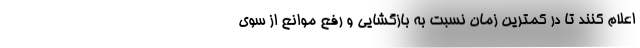
اعلام کنند تا در کمترین زمان نسبت به بازگشایی و رفع موانع از سوی